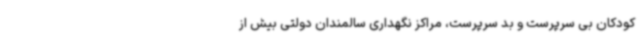
کودکان بی سرپرست و بد سرپرست، مراکز نگهداری سالمندان دولتی بیش از